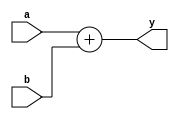
module adder(input signed [15:0] a,b,
				 output reg signed [15:0] y);
				  
always @*
	y = a+b;
endmodule